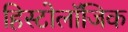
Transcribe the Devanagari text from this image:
हिस्टोलॉजिक